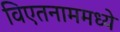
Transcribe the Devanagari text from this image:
विएतनाममध्ये